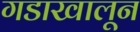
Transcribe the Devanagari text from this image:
गडाखालून